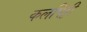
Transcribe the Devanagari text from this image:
कलपिट्टी